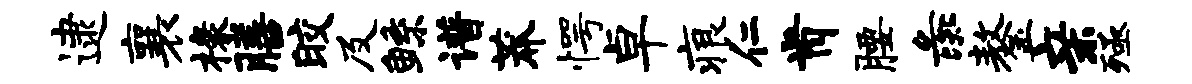
逮襄椽膳皎及鲧谱莽愕卓痕仁肯腰彘鏊亲殛